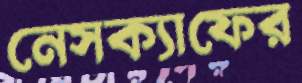
নেসক্যাফের